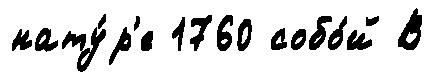
нату́р'е 1760 собо́й В